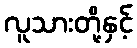
လူသားတို့နှင့်